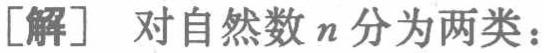
[解] 对自然数 \(n\) 分为两类：